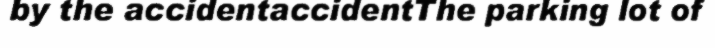
by the accidentaccidentThe parking lot of